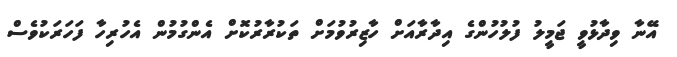
އޭނާ ވިދާޅުވީ ޖަމީލު ފުލުހުންގެ އިދާރާއަށް ހާޒިރުވުމަށް ތަކުރާރުކޮށް އެންގުމުން އެހުރިހާ ފަހަރަކުވެސް